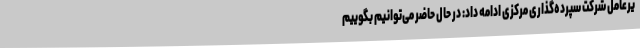
یرعامل شرکت سپرده‌گذاری مرکزی ادامه داد: در حال حاضر می‌توانیم بگوییم